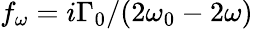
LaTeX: f_{\omega}={{i{\Gamma_{0}}}}/{{(2{\omega_{0}}-2\omega)}}